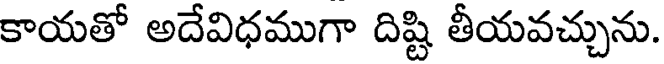
కాయతో అదేవిధముగా దిష్టి తీయవచ్చును.